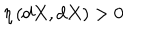
LaTeX: \eta \left( d X , d X \right) > 0